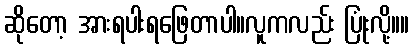
ဆိုတော့ အားရပါးရဖြေတာပါ။လူကလည်း ပြုံးလို့။။